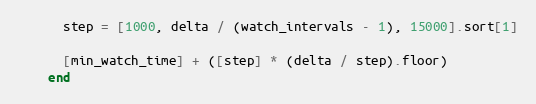
Language: Ruby
      step = [1000, delta / (watch_intervals - 1), 15000].sort[1]

      [min_watch_time] + ([step] * (delta / step).floor)
    end